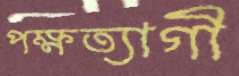
পক্ষত্যাগী